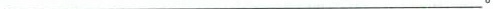
___。